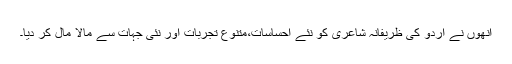
انھوں نے اردو کی ظریفانہ شاعری کو نئے احساسات،متنوع تجربات اور نئی جہات سے مالا مال کر دیا۔